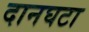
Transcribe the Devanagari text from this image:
दानघटा